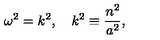
\omega ^ { 2 } = k ^ { 2 } , \quad k ^ { 2 } \equiv { \frac { n ^ { 2 } } { a ^ { 2 } } } ,